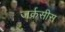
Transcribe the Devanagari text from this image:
जर्क्रसीस